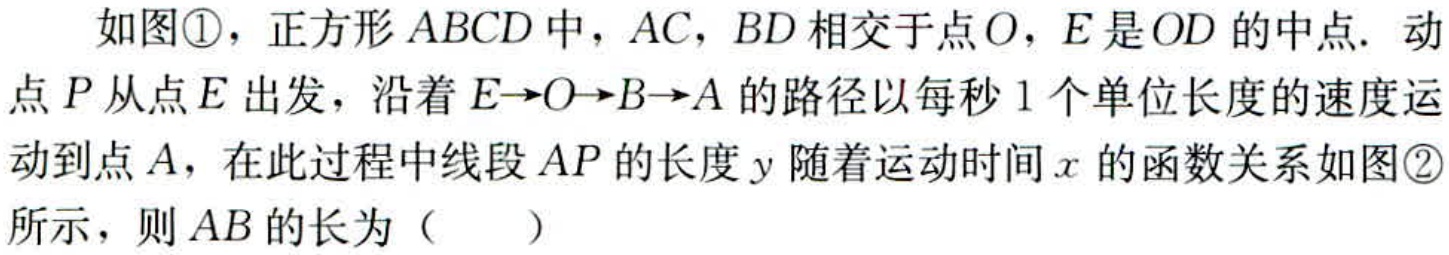
如图\textcircled{1}，正方形\(ABCD\)中，\(AC\)，\(BD\)相交于点\(O\)，\(E\)是\(OD\)的中点. 动点\(P\)从点\(E\)出发，沿着\(E \to O \to B \to A\)的路径以每秒\(1\)个单位长度的速度运动到点\(A\)，在此过程中线段\(AP\)的长度\(y\)随着运动时间\(x\)的函数关系如图\textcircled{2}所示，则\(AB\)的长为（  ）